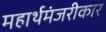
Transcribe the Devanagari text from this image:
महार्थमंजरीकार